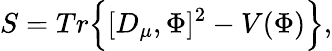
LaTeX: S=Tr\Big\{ [D_{\mu},\Phi]^{2}-V(\Phi)\Big\} ,